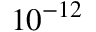
1 0 ^ { - 1 2 }